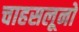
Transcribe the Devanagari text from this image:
चाहसलूनो